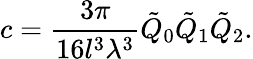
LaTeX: c=\frac{3\pi}{16l^{3}\lambda^{3}}\tilde{Q}_{0}\tilde{Q}_{1}\tilde{Q}_{2}.